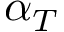
\alpha _ { T }